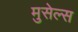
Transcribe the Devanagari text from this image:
मुसेल्स